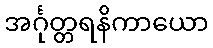
အင်္ဂုတ္တရနိကာယော